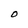
Character: O